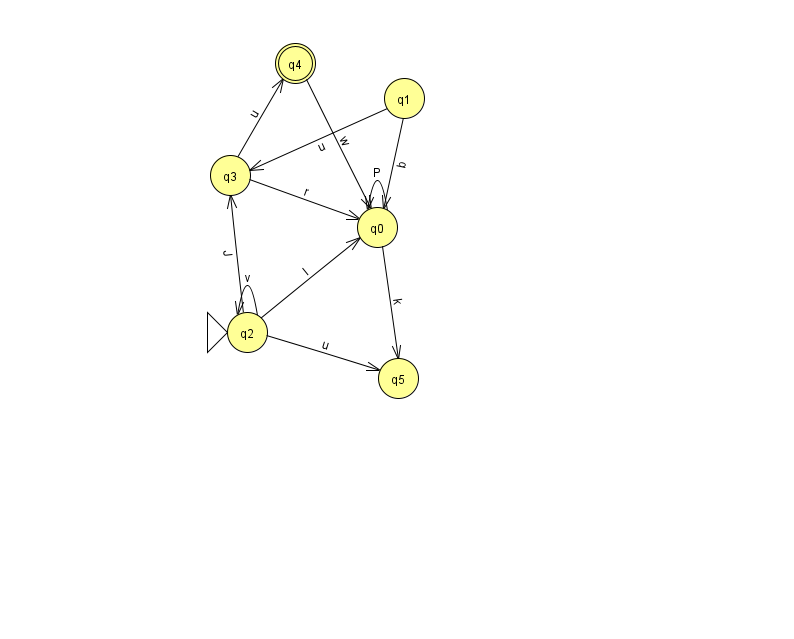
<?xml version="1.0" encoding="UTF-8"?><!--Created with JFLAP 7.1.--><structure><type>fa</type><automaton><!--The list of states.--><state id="0" name="q0"><x>377.0</x><y>214.0</y></state><state id="1" name="q1"><x>404.0</x><y>85.0</y></state><state id="2" name="q2"><x>247.0</x><y>319.0</y><initial/></state><state id="3" name="q3"><x>230.0</x><y>162.0</y></state><state id="4" name="q4"><x>295.0</x><y>50.0</y><final/></state><state id="5" name="q5"><x>398.0</x><y>365.0</y></state><!--The list of transitions.--><transition><from>0</from><to>0</to><read>P</read></transition><transition><from>2</from><to>5</to><read>u</read></transition><transition><from>4</from><to>0</to><read>w</read></transition><transition><from>3</from><to>0</to><read>r</read></transition><transition><from>3</from><to>4</to><read>u</read></transition><transition><from>2</from><to>2</to><read>v</read></transition><transition><from>0</from><to>5</to><read>k</read></transition><transition><from>1</from><to>0</to><read>b</read></transition><transition><from>1</from><to>3</to><read>u</read></transition><transition><from>2</from><to>0</to><read>I</read></transition><transition><from>2</from><to>3</to><read>J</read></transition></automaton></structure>